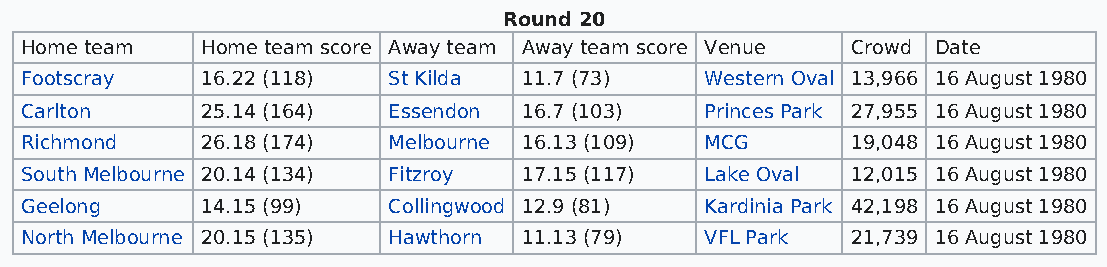
Round 20
 Home team   Home team score Away team Away team score Venue Crowd Date
 Footscray   16.22 (118)  St Kilda 11.7 (73)   Western Oval 13,966 16 August 1980
 Carlton     25.14 (164)  Essendon 16.7 (103)  Princes Park 27,955 16 August 1980
 Richmond    26.18 (174)  Melbourne 16.13 (109) MCG     19,048 16 August 1980
 South Melbourne 20.14 (134) Fitzroy 17.15 (117) Lake Oval 12,015 16 August 1980
 Geelong     14.15 (99)   Collingwood 12.9 (81) Kardinia Park 42,198 16 August 1980
 North Melbourne 20.15 (135) Hawthorn 11.13 (79) VFL Park 21,739 16 August 1980